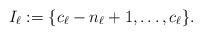
LaTeX: \begin{align*}I_\ell := \{c_{\ell}-n_\ell+1,\ldots,c_\ell\}.\end{align*}